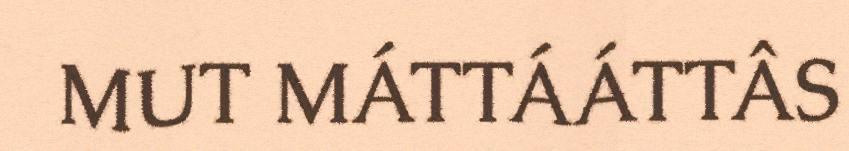
MUT MÁTTÁÁTTÂS